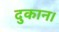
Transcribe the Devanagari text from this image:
दुकान।